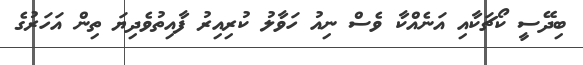
ބިދޭސީ ކޯޗަކާއި އަނެއްކާ ވެސް ނިއު ހަވާލު ކުރިއިރު ފާއިތުވެދިޔަ ތިން އަހަރުގެ